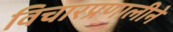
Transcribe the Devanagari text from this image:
विचारप्रणालीने